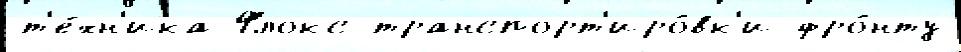
т'е́хн'ика Флокс транспорт'иро́вк'и фро́нту